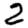
Digit: 2